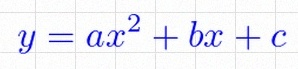
y=ax^2+bx+c